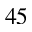
4 5